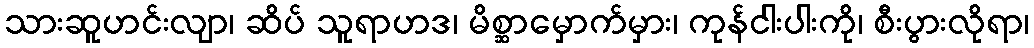
သားဆူဟင်းလျာ၊ ဆိပ် သူရာဟဒ၊ မိစ္ဆာမှောက်မှား၊ ကုန်ငါးပါးကို၊ စီးပွားလိုရာ၊